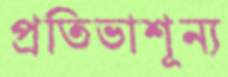
প্রতিভাশূন্য